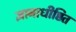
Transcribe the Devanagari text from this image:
ज्ञानाधीष्ठित